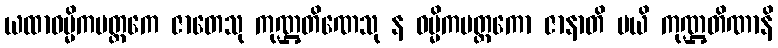
ယထာဝမ္မိကမတ္ထကေ ဇာတေသု ကုဏ္ဌတိဏေသု န ဝမ္မိကမတ္ထကော ဇာနာတိ မယိ ကုဏ္ဌတိဏာနိ